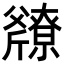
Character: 𫿿